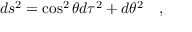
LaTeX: d s ^ { 2 } = \cos ^ { 2 } \theta d \tau ^ { 2 } + d \theta ^ { 2 } ~ ~ ~ ,